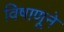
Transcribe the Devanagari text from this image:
विषाणूने